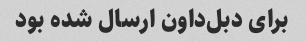
برای دبل‌داون ارسال شده بود